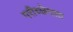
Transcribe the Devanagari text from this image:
परीच्छेदात